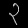
Digit: ၃